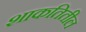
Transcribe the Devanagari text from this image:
शाकतितील